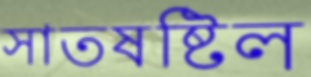
সাতষষ্টিল